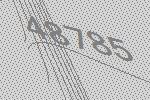
48785